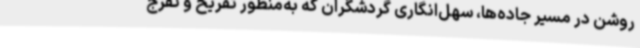
روشن در مسیر جاده‌ها، سهل‌انگاری گردشگران که به‌منظور تفریح و تفرج